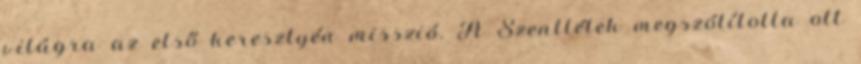
világra az első keresztyén misszió. A Szentlélek megszólította ott